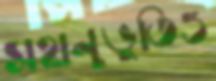
সহানুভূতিও